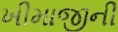
ખીમાજીની